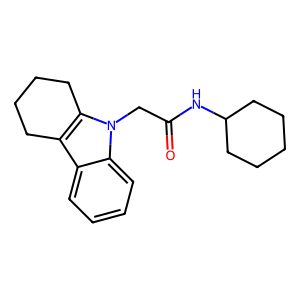
SMILES: O=C(Cn1c2c(c3ccccc31)CCCC2)NC1CCCCC1
Inhibits HIV replication: No